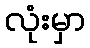
လုံးမှာ